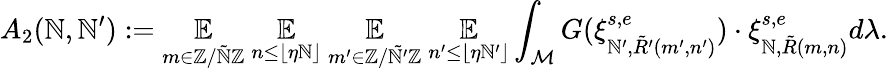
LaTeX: A_{2}(\mathbb{N},\mathbb{N}^{\prime}):=\underset{m\in\mathbb{{Z}}/\tilde{{\mathbb{N}}}\mathbb{{Z}}}{\mathbb{{E}}}~\underset{n\leq\lfloor\eta\mathbb{N}\rfloor}{\mathbb{{E}}}~\underset{m^{\prime}\in\mathbb{{Z}}/\tilde{{\mathbb{N}^{\prime}}}\mathbb{{Z}}}{\mathbb{{E}}}~\underset{n^{\prime}\leq\lfloor\eta\mathbb{N}^{\prime}\rfloor}{\mathbb{{E}}}\int_{\mathcal{{M}}}G(\xi_{\mathbb{N}^{\prime},\tilde{{R}}^{\prime}(m^{\prime},n^{\prime})}^{s,e})\cdot\xi_{\mathbb{N},\tilde{{R}}(m,n)}^{s,e}d\lambda.